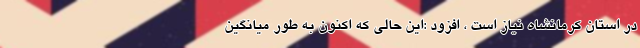
در استان کرمانشاه نیاز است ، افزود :این حالی که اکنون به طور میانگین